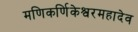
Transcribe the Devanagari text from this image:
मणिकर्णिकेश्वरमहादेव